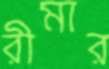
রীমার